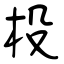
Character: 杸